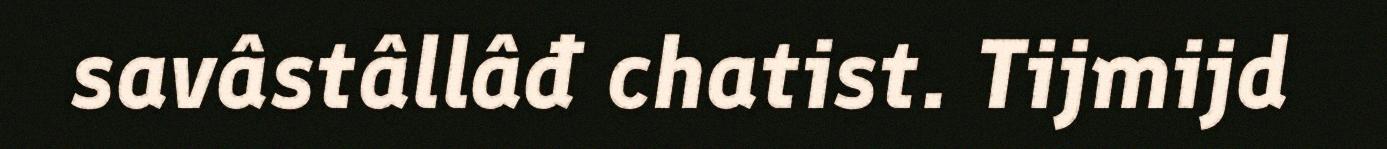
savâstâllâđ chatist. Tijmijd